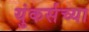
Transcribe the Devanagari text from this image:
युंकर्सच्या